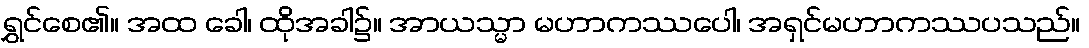
ရွှင်စေ၏။ အထ ခေါ၊ ထိုအခါ၌။ အာယသ္မာ မဟာကဿပေါ၊ အရှင်မဟာကဿပသည်။